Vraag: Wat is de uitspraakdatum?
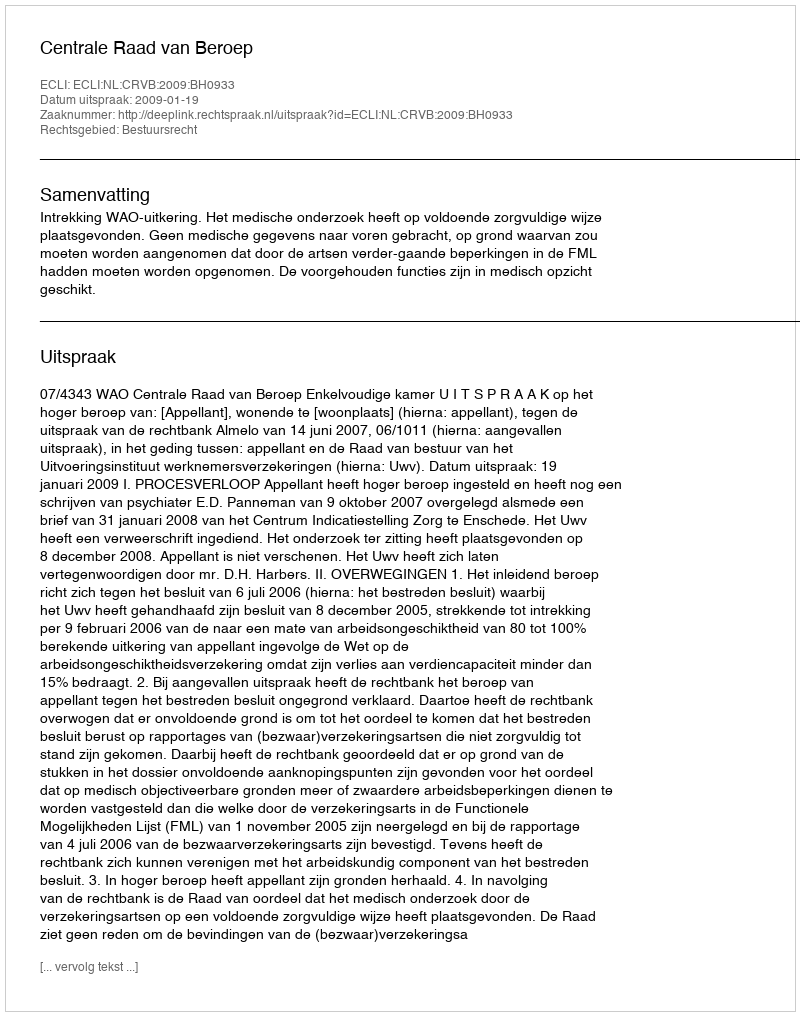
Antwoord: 2009-01-19